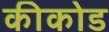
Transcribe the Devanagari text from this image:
कीकोड